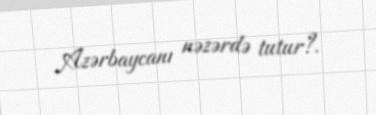
Azərbaycanı nəzərdə tutur?.